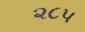
૨૮૫